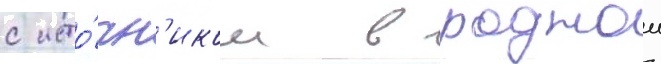
с исто́чн'иком в роднои